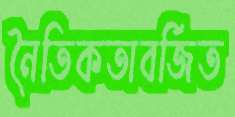
নৈতিকতাবর্জিত